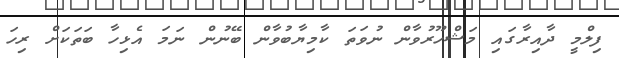
ފިލްމީ ދާއިރާގައި މަޝްހޫރުވާން ނުވަތަ ކާމިޔާބުވާން ބޭނުން ނަމަ އެޅިހާ ބަތަކަށް ރިހަ